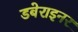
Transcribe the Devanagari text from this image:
डबेराइनर